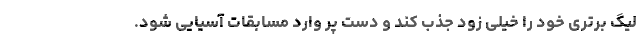
لیگ برتری خود را خیلی زود جذب کند و دست پُر وارد مسابقات آسیایی شود.